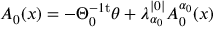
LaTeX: A _ { 0 } ( x ) = - \Theta _ { 0 } ^ { - 1 \mathrm { t } } \theta + \lambda _ { \alpha _ { 0 } } ^ { | 0 | } A _ { 0 } ^ { \alpha _ { 0 } } ( x )